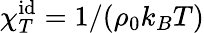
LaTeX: \chi_{T}^{\mathrm{id}}=1/(\rho_{0}k_{B}T)